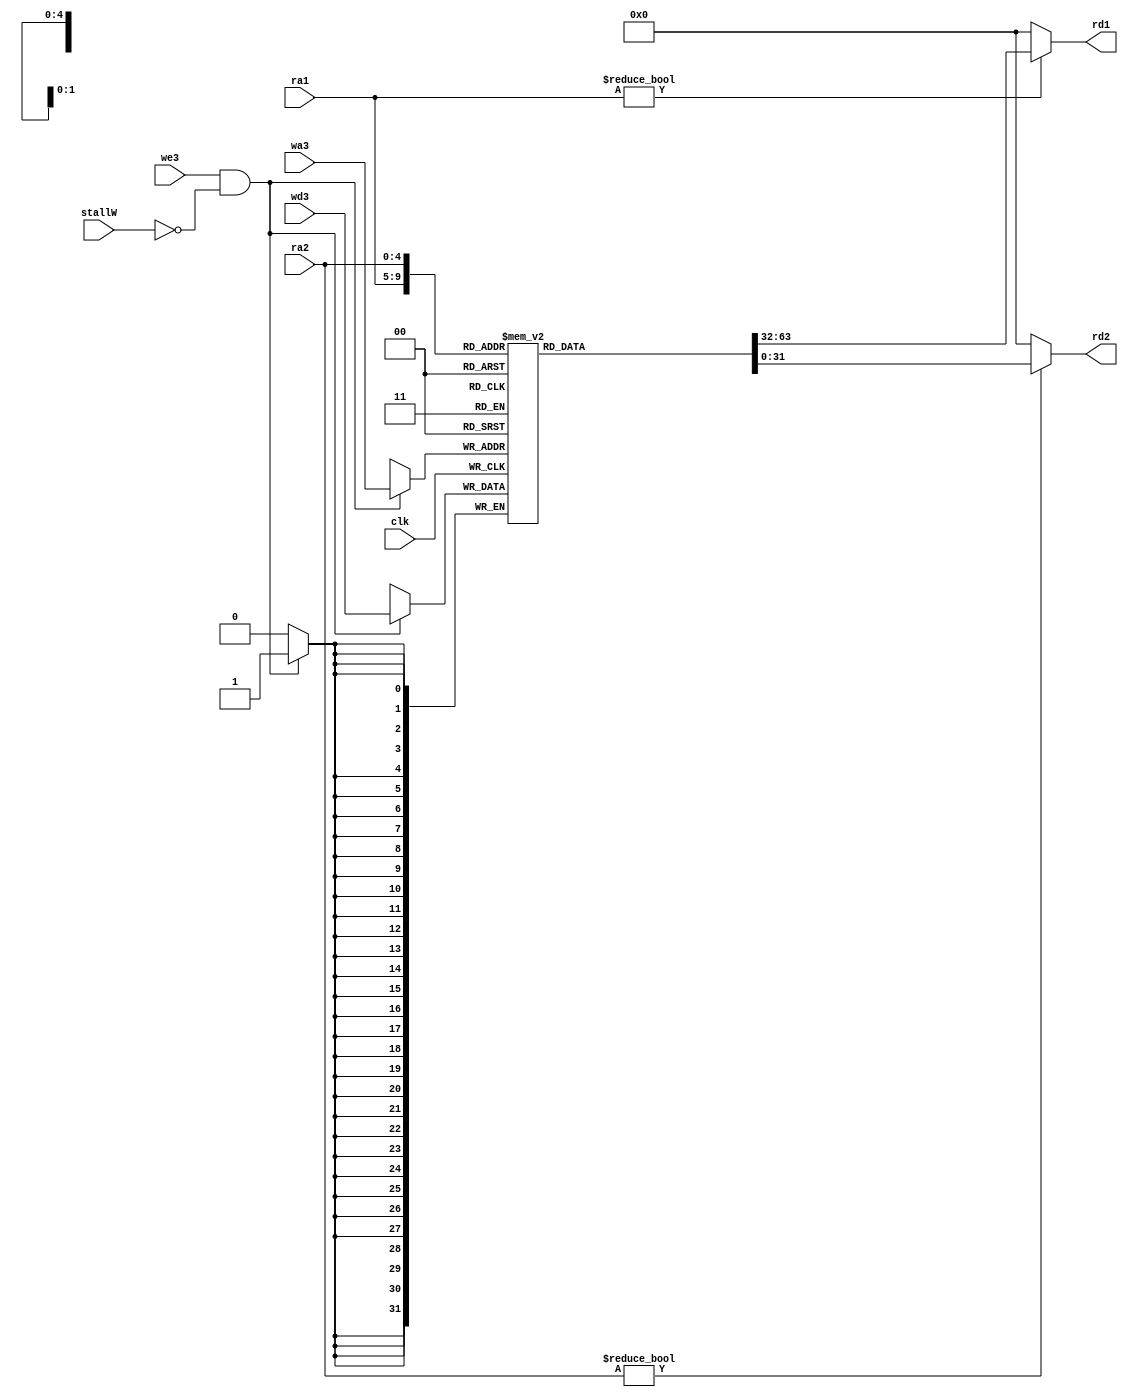
module regfile(
	input wire clk,
	input wire stallW,
	input wire we3,
	input wire[4:0] ra1,ra2,wa3,
	input wire[31:0] wd3,
	output wire[31:0] rd1,rd2
    );

	reg [31:0] rf[31:0];

	always @(posedge clk) begin
		if(we3 & ~stallW) begin
			 rf[wa3] <= wd3;
		end
	end
	
	assign rd1 = (ra1 != 0) ? rf[ra1] : 0;
	assign rd2 = (ra2 != 0) ? rf[ra2] : 0;
endmodule